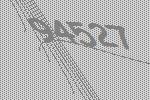
94527